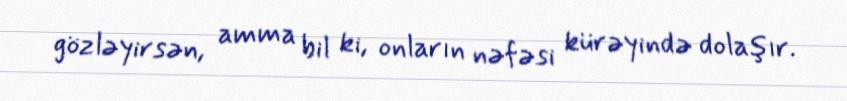
gözləyirsən, amma bil ki, onların nəfəsi kürəyində dolaşır.